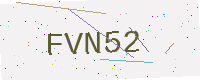
Text: FVN52